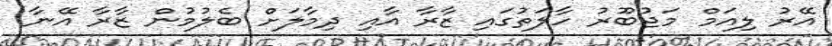
އޭރު ލިއަމް މަޖުބޫރު ހާލަތުގައި ޒާރާ އާއި ދިމާލަށް ބެލުމުން ޒާރާ އޭނާ